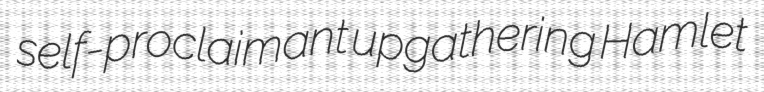
self-proclaimant upgathering Hamlet